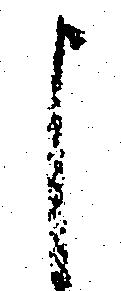
申